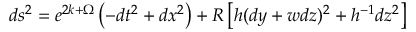
d s ^ { 2 } = e ^ { 2 k + \Omega } \left( - d t ^ { 2 } + d x ^ { 2 } \right) + R \left[ h ( d y + w d z ) ^ { 2 } + h ^ { - 1 } d z ^ { 2 } \right]